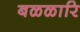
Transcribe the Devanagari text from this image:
बळळारि